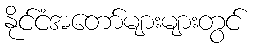
နိုင်ငံအတော်များများတွင်